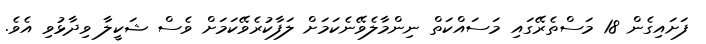
ފަށައިގެން 18 މަސްތެރޭގައި މަސައްކަތް ނިންމާލެވޭނެކަމަށް ލަފާކުރެވޭކަމަށް ވެސް ޝަކީލާ ވިދާޅުވި އެވެ.